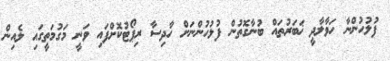
ފުލުހުންނާ ހަވާލާދީ ޚަބަރުތައް ބުނާގޮތުން ފުލުހުންނަށް ހާދިސާ ރިޕޯޓުކޮށްފައި ވަނީ މަގުމަތީގައި ލެއިން